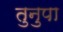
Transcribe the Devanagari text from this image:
तुनुपा